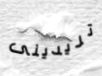
تريدينى